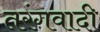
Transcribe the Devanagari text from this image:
तरंगवादी